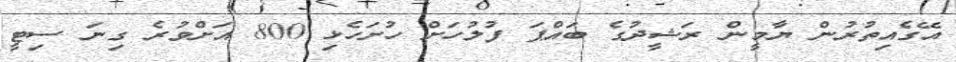
އޭގެއިތުރުން ޔާމީން ރަޝީދުގެ ބައްޕަ ފުލުހަށް ހުށަހެޅި 800 އަށްވުރެ ގިނަ ސިޓީ